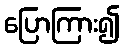
ပြောကြား၍